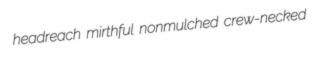
headreach mirthful nonmulched crew-necked